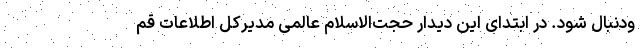
ودنبال شود. در ابتدای این دیدار حجت‌الاسلام عالمی مدیرکل اطلاعات قم